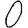
Digit: 0